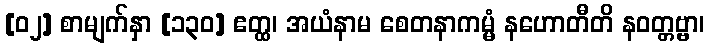
[၀၂] စာမျက်နှာ [၁၃၀] ဧတ္ထ၊ အယံနာမ စေတနာကမ္မံ နဟောတီတိ နဝတ္တဗ္ဗာ၊